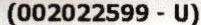
(002022599 - U)